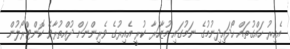
އެއިރު ހައްގުތައް ހޯދައިދިނުމުގެ ނަމުގައި މުޒާހަރާ ކުރީ އެއިރުގެ ވެރިންނަށް ދުއްތުރާވެ ކޮންޓްރޯލުން